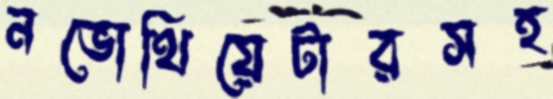
নভোথিয়েটারসহ